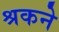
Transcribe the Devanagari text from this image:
श्रकने